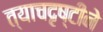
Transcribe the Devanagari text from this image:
त्याचदृष्टीने